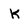
Character: K